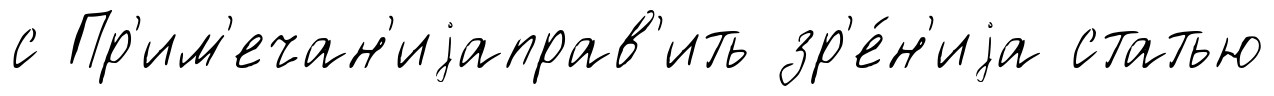
с Пр'им'ечан'иjаправ'ить зр'е́н'иjа статью